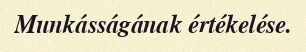
Munkásságának értékelése.